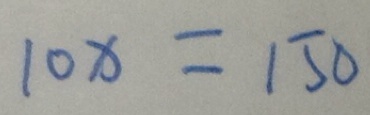
1 0 x = 1 5 0